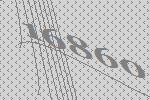
16860